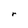
Character: r